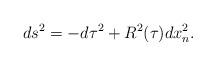
LaTeX: \begin{align*}ds^2 =-d\tau^2 +R^2(\tau)dx_n^2.\end{align*}